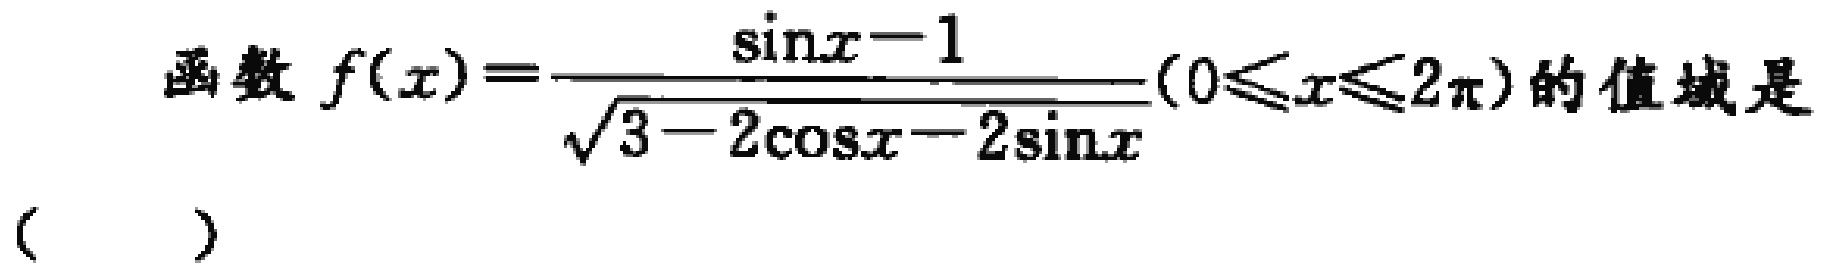
函数\(f(x)=\frac{\sin x - 1}{\sqrt{3 - 2\cos x - 2\sin x}}(0\leqslant x\leqslant 2\pi)\)的值域是（  ）